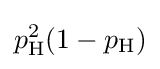
{\textstyle p_{\text{H}}^{2}(1-p_{\text{H}})}